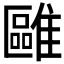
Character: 𩀫